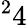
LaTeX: ^24